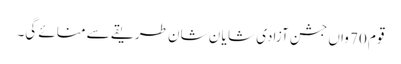
قوم 70 واں جشن آزادی شا یا ن شان طریقے سے منائے گی۔